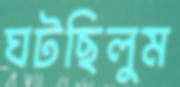
ঘটছিলুম